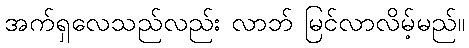
အက်ရှလေသည်လည်း လာဘ် မြင်လာလိမ့်မည်။